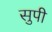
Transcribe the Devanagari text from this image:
सुपी